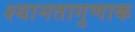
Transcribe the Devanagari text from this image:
श्यानतागुणाक